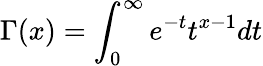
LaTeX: \Gamma(x)=\int_{0}^{\infty}e^{-t}t^{x-1}dt